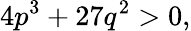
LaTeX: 4p^{3}+27q^{2}>0,